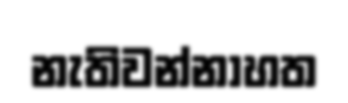
නැතිවන්නාහත